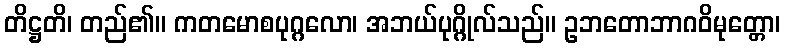
တိဋ္ဌတိ၊ တည်၏။ ကတမောစပုဂ္ဂလော၊ အဘယ်ပုဂ္ဂိုလ်သည်။ ဥဘတောဘာဂဝိမုတ္တော၊